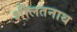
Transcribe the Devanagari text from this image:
शीलतनाथ